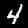
Label: 4